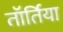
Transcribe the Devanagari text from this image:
तॉर्तिया